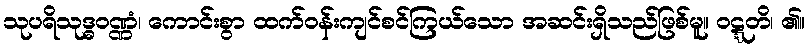
သုပရိသုဒ္ဓဝဏ္ဏံ၊ ကောင်းစွာ ထက်ဝန်းကျင်စင်ကြယ်သော အဆင်းရှိသည်ဖြစ်မူ။ ဝဋ္ဋတိ၊ ၏။